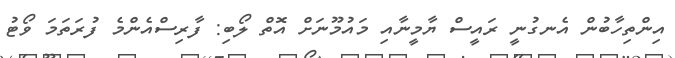
އިންތިހާބުން އެނގުނީ ރައީސް ޔާމީނާއި މައުމޫނަށް އޮތް ލޯބި: ފާރިސްއެންމެ ފުރަތަމަ ވޯޓު